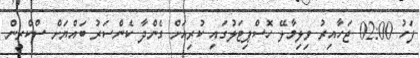
ފަހު 02:00 ޖަހާއިރު ވިލިމާލޭ ހޮސްޕިޓަލުގައި ކުރިއަށް ގެންދާ ކެންސަރު ބައްޔަަށް ސްކްރީން